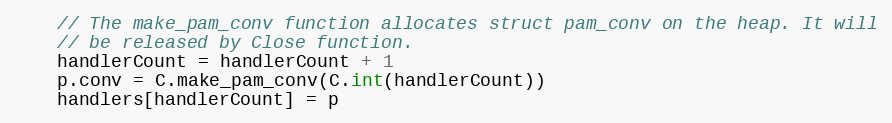
Language: Go
	// The make_pam_conv function allocates struct pam_conv on the heap. It will
	// be released by Close function.
	handlerCount = handlerCount + 1
	p.conv = C.make_pam_conv(C.int(handlerCount))
	handlers[handlerCount] = p